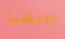
بالشئ